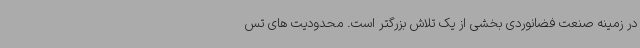
در زمینه صنعت فضانوردی بخشی از یک تلاش بزرگتر است. محدودیت های تس